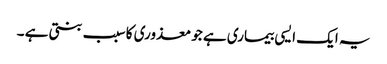
یہ ایک ایسی بیماری ہے جو معذوری کا سبب بنتی ہے ۔